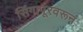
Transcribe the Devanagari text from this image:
सिंगापूरवरून